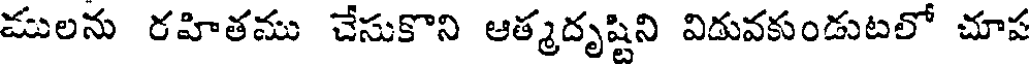
ములను రహితము చేసుకొని ఆత్మదృష్టిని విడువకుండుటలో చూప